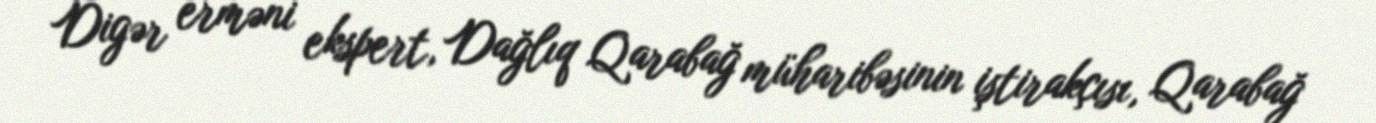
Digər erməni ekspert, Dağlıq Qarabağ müharibəsinin iştirakçısı, Qarabağ